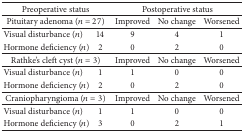
| <COLSPAN=2> Preoperative status | <COLSPAN=3> Postoperative status |
 | --- | --- | --- | --- | --- |
 | <COLSPAN=2> Pituitary adenoma (n = 27) | Improved | No change | Worsened |
 | Visual disturbance (n) | 14 | 9 | 4 | 1 |
 | Hormone deficiency (n) | 2 | 0 | 2 | 0 |
 | <COLSPAN=2> Rathke's cleft cyst (n = 3) | Improved | No change | Worsened |
 | Visual disturbance (n) | 1 | 1 | 0 | 0 |
 | Hormone deficiency (n) | 2 | 0 | 2 | 0 |
 | <COLSPAN=2> Craniopharyngioma (n = 3) | Improved | No change | Worsened |
 | Visual disturbance (n) | 1 | 1 | 0 | 0 |
 | Hormone deficiency (n) | 3 | 0 | 2 | 1 |